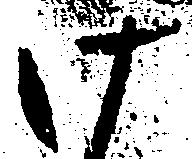
け